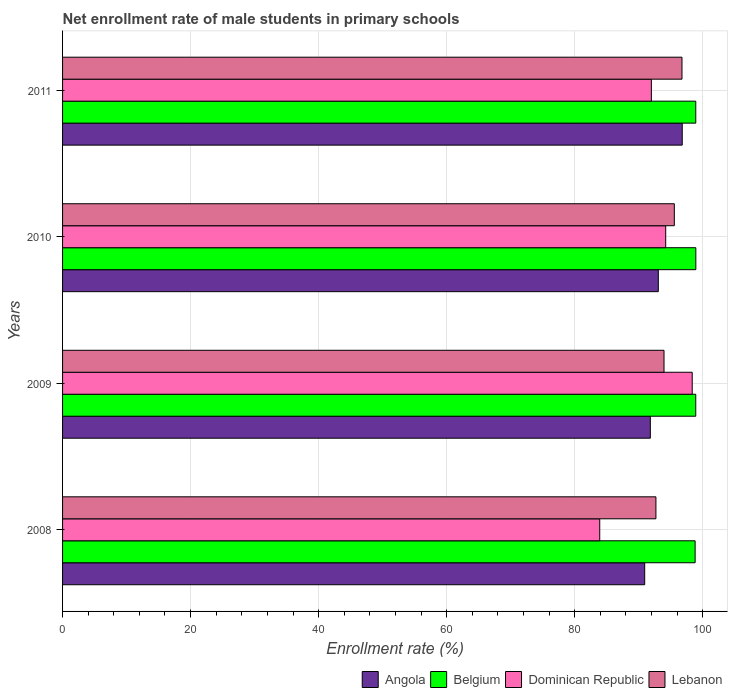
| Years | Angola | Belgium | Dominican Republic | Lebanon |
 | --- | --- | --- | --- | --- |
 | 2008 | 90.9 | 98.8 | 83.9 | 92.7 |
 | 2009 | 91.8 | 98.9 | 98.4 | 94 |
 | 2010 | 93.1 | 98.9 | 94.2 | 95.6 |
 | 2011 | 96.8 | 98.9 | 92 | 96.8 |